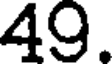
49.